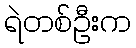
ရဲတစ်ဦးက